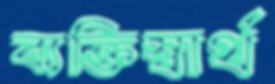
ব্যক্তিস্বার্থ